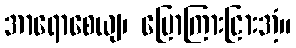
အာရောစေယျ၊ ပြောကြားငြားအံ့။